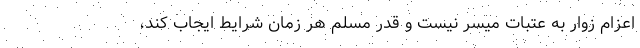
اعزام زوار به عتبات میسر نیست و قدر مسلم هر زمان شرایط ایجاب کند،